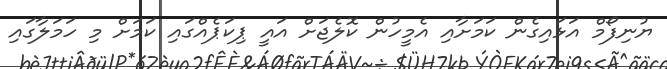
ޔުނިފޯމް އަޅައިގެން ކަމަށާއި އެމީހުން ކޮލެޖަށް އައީ ޕިކަޕެއްގައި ކަމަށް މި ހަމަލާގައި